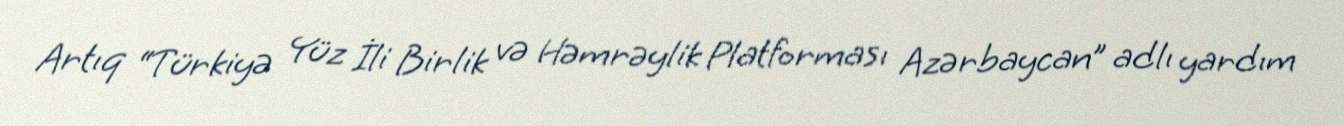
Artıq “Türkiyə Yüz İli Birlik və Həmrəylik Platforması Azərbaycan” adlı yardım